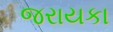
જરાયકા